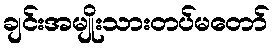
ချင်းအမျိုးသားတပ်မတော်